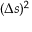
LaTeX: ( \Delta { s } ) ^ { 2 }